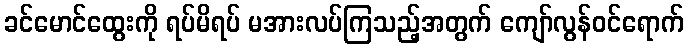
ခင်မောင်ထွေးကို ရပ်မိရပ် မအားလပ်ကြသည့်အတွက် ကျော်လွန်ဝင်ရောက်